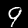
Label: 9